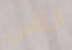
الناس